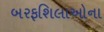
બરફશિલાઓના